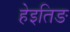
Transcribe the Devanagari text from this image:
हेइतिङ